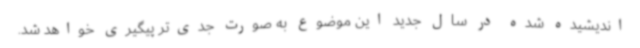
اندیشیده شده در سال جدید این موضوع به صورت جدی‌تر پیگیری خواهد شد.